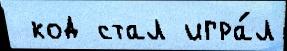
 код стал игра́л